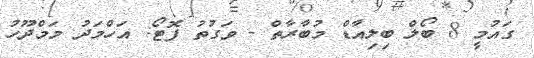
ގައުމީ 8 ބޯލް ބިލިއާޑް މުބާރާތް - ވަގުތު ފޮޓޯ: އަހްމަދު މަމްދޫހު